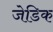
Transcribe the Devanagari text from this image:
जेडिक